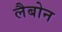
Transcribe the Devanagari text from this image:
लैबोन